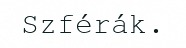
Szférák.